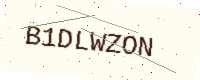
Text: B1DLWZON